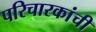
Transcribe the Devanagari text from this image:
परिचारकांची